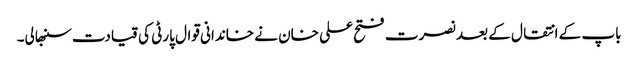
باپ کے انتقال کے بعد نصرت فتح علی خان نے خاندانی قوال پارٹی کی قیادت سنبھالی۔